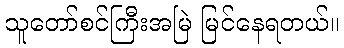
သူတော်စင်ကြီးအမြဲ မြင်နေရတယ်။